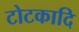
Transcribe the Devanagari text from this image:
टोटकादि